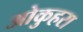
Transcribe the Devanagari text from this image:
ओकुहरा